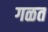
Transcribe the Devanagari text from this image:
गळत